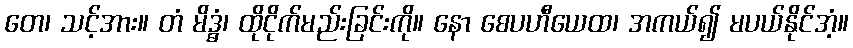
တေ၊ သင့်အား။ တံ မိဒ္ဓံ၊ ထိုငိုက်မည်းခြင်းကို။ နော စေပဟီယေထ၊ အကယ်၍ မပယ်နိုင်အံ့။